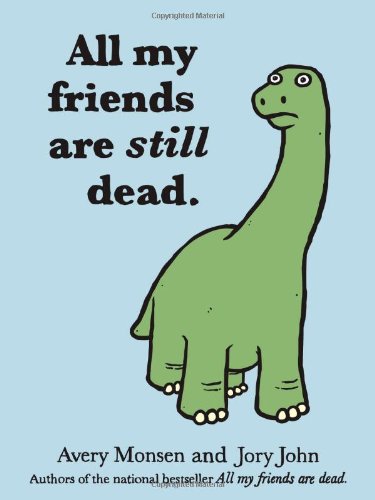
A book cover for All My Friends Are Still Dead; Jory John; Literature & Fiction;